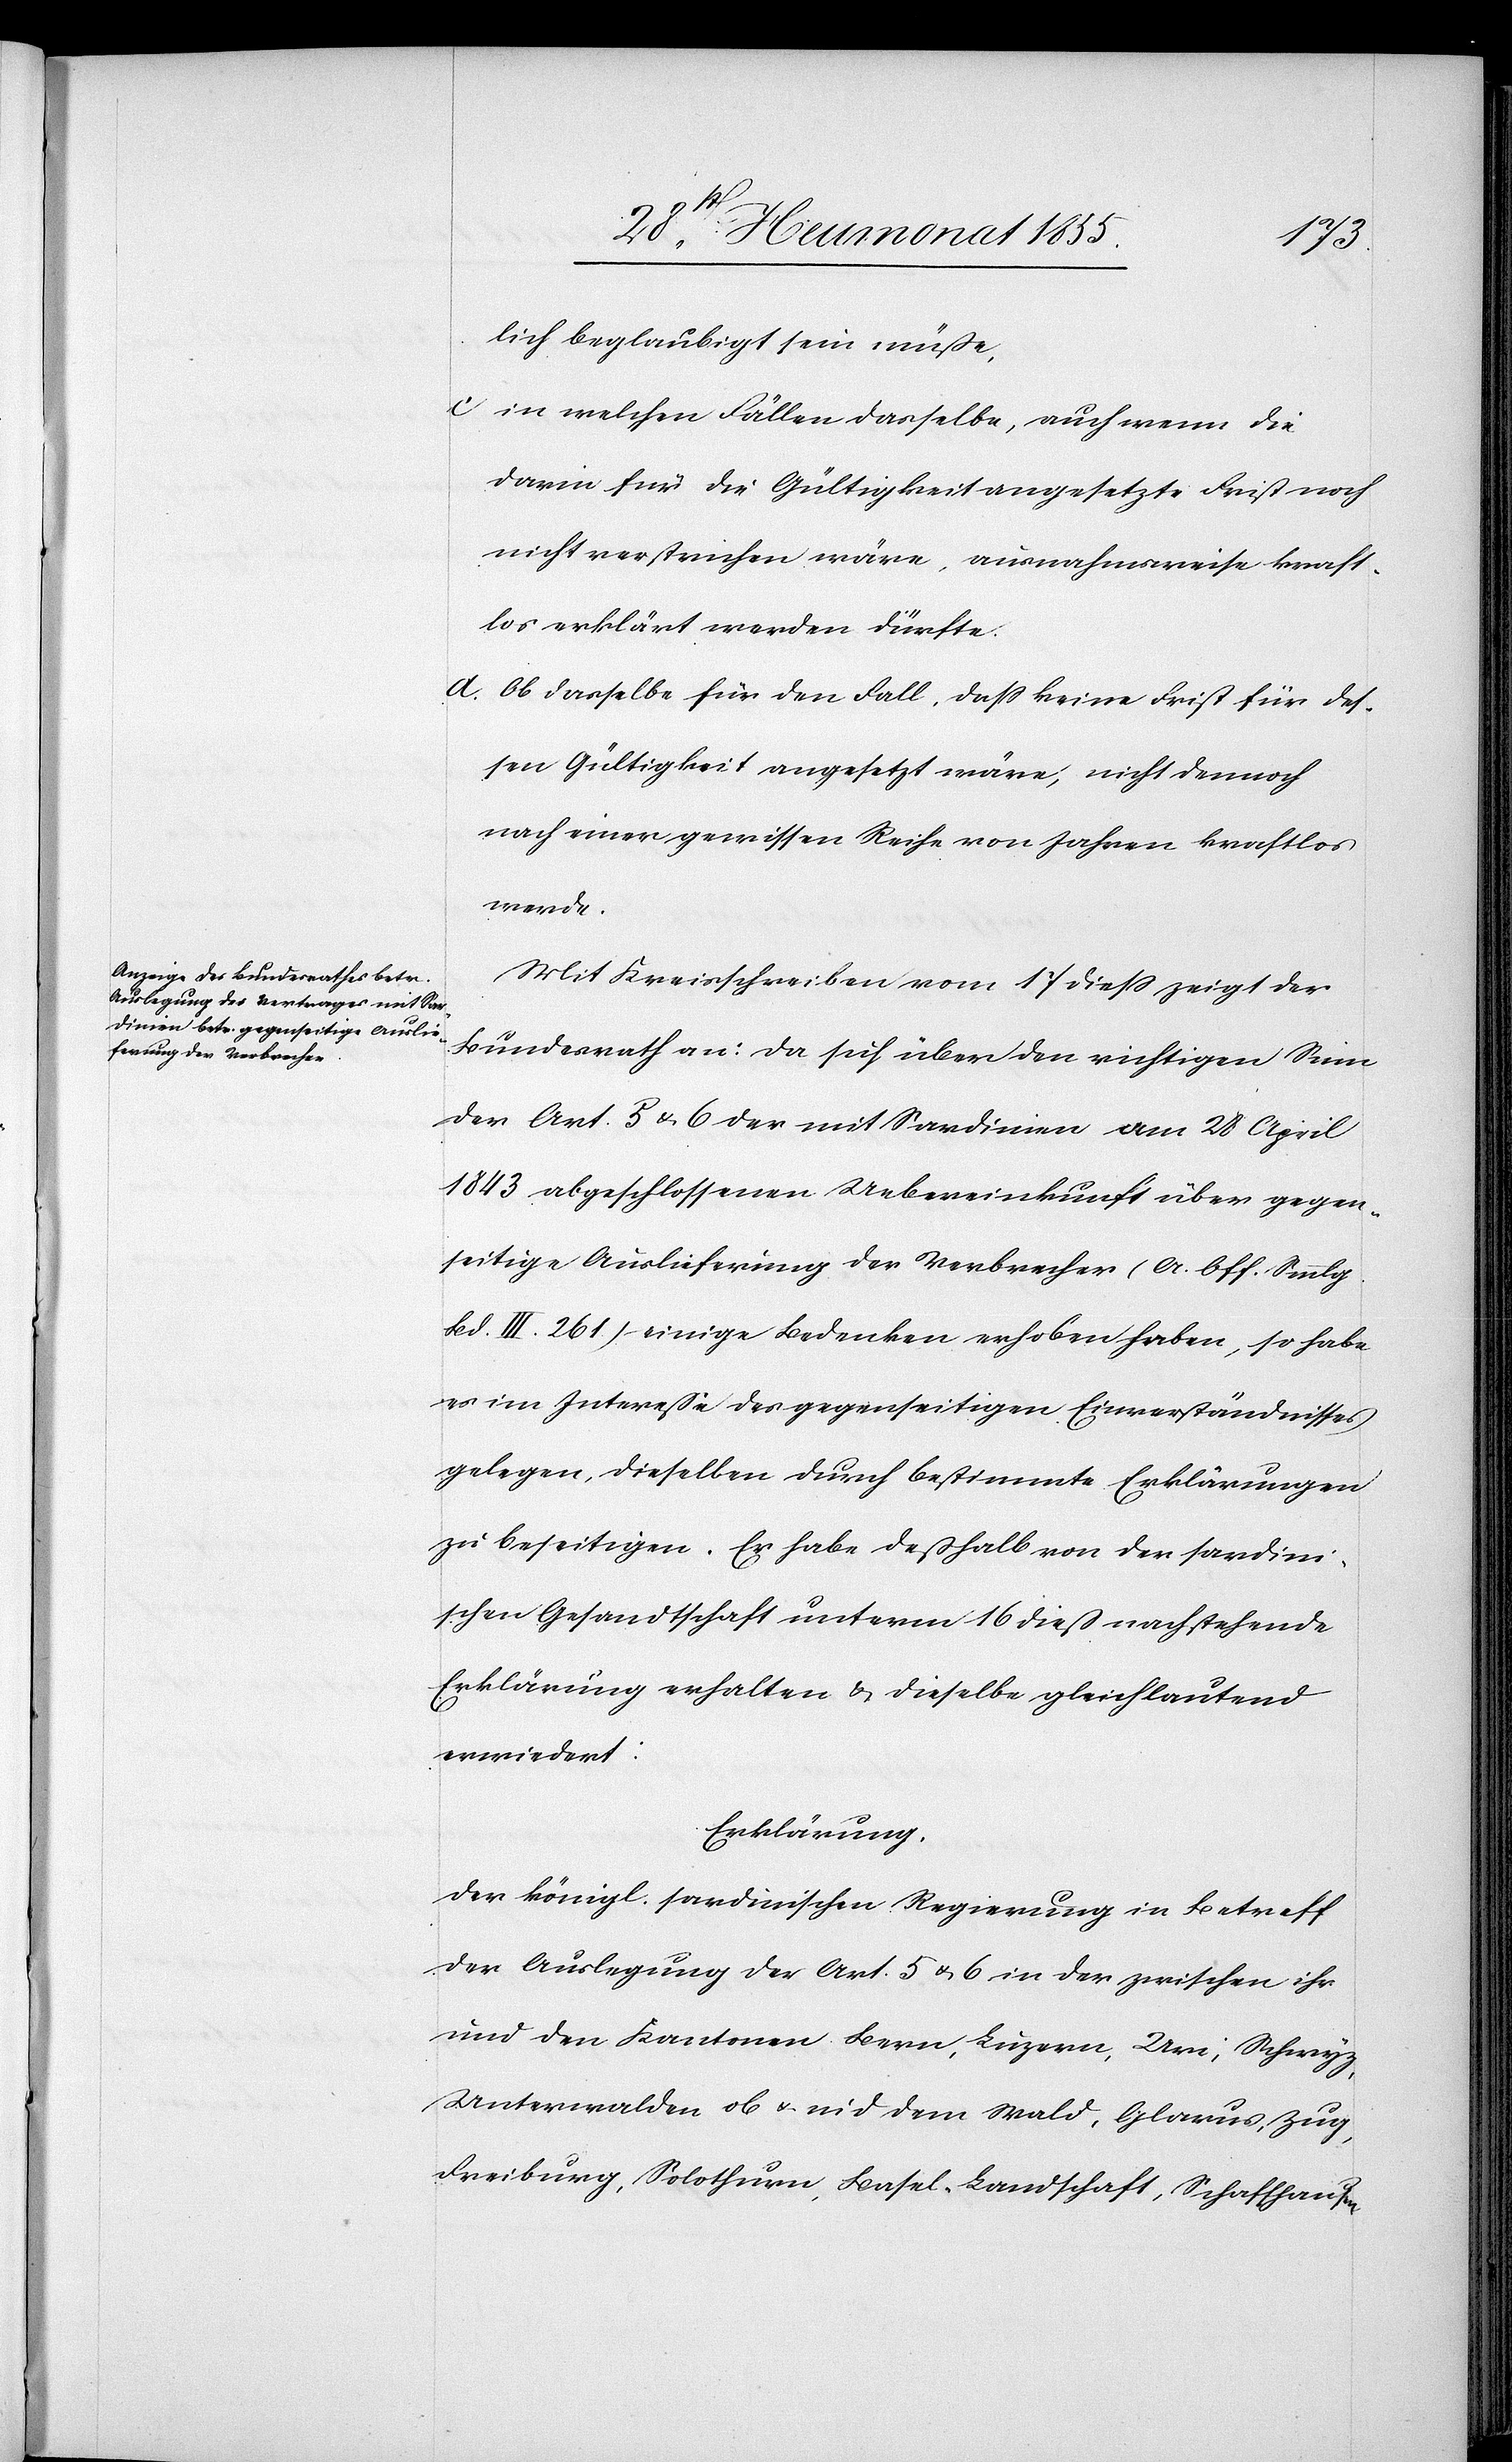
lich beglaubigt sein müße,
in welchen Fällen dasselbe, auch wenn die
darin für die Gültigkeit angesetzte Frist noch
nicht verstrichen wäre, ausnahmsweise kraft¬
los erklärt werden dürfte.
Ob dasselbe für den Fall, dass keine Frist für des¬
sen Gültigkeit angesetzt wäre, nicht dennoch
nach einer gewissen Reihe von Jahren kraftlos
werde.
Mit Kreisschreiben vom 17 diess zeigt der
Bundesrath an: Da sich über den richtigen Sinn
der Art. 5 & 6 der mit Sardinien am 28 April
1843 abgeschlossenen Uebereinkunft über gegen¬
seitige Auslieferung der Verbrecher (A. Off. Smmlg.
Bd. III. 261.) einige Bedenken erhoben haben, so habe
es im Interesse des gegenwärtigen Einverständnisses
gelegen, dieselben durch bestimmte Erklärungen
zu beseitigen. Er habe deßhalb von der sardini¬
schen Gesandtschaft unterm 16 dieß nachstehende
Erklärung erhalten & dieselbe gleichlautend
erwiedert:
Erklärung.
Der königl. sardinischen Regierung in Betreff
der Auslegung der Art. 5 & 6 in der zwischen ihr
und den Kantonen Bern, Luzern, Uri, Schwyz,
Unterwalden ob & nid dem Wald, Glarus, Zug,
Freiburg, Solothurn, Basel-Landschaft, Schaffhausen,